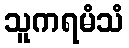
သူကရမံသံ